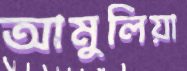
আমুলিয়া